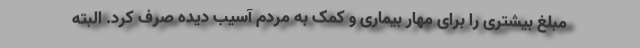
مبلغ بیشتری را برای مهار بیماری و کمک به مردم آسیب دیده صرف کرد. البته